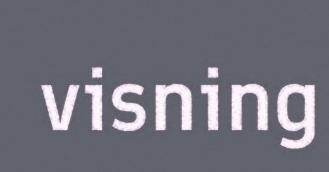
visning